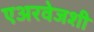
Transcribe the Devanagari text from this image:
एअरवेजशी